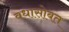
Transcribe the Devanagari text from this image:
वधासोबत